画像に写った文字を読んでください
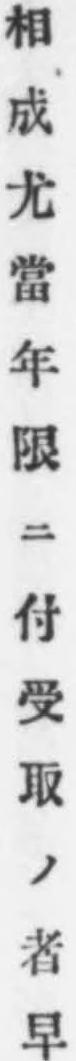
「相成尤當年限ニ付受取ノ者早」と書いてあります